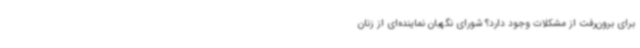
برای برون‌رفت از مشکلات وجود دارد؟ شورای نگهبان نماینده‌ای از زنان